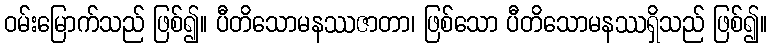
ဝမ်းမြောက်သည် ဖြစ်၍။ ပီတိသောမနဿဇာတာ၊ ဖြစ်သော ပီတိသောမနဿရှိသည် ဖြစ်၍။